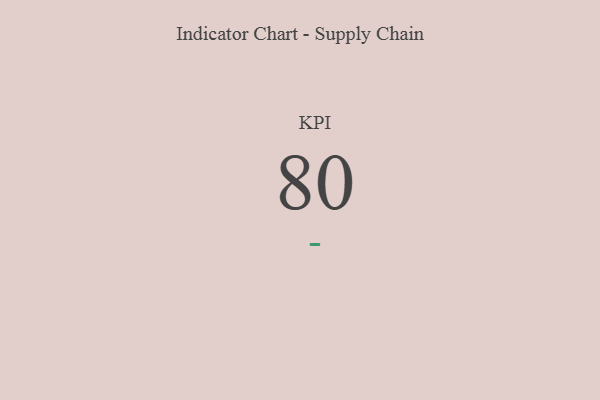
{"axis": {"x": "KPI", "y": "Value"}, "legend": [""], "data": [{"x": "KPI", "y": 80, "type": ""}]}